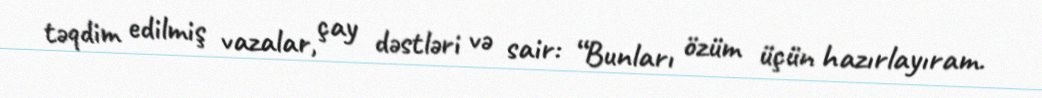
təqdim edilmiş vazalar, çay dəstləri və sair: “Bunları özüm üçün hazırlayıram.